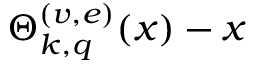
\Theta _ { k , q } ^ { ( v , e ) } ( x ) - x